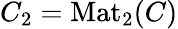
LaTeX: C_{2}=\mathrm{Mat}_{2}(C)